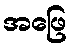
အဖြေ